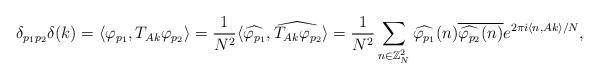
LaTeX: \begin{align*}\delta_{p_1p_2}\delta(k)=\langle{\varphi_{p_1},T_{Ak} \varphi_{p_2}}\rangle &=\displaystyle \frac{1}{N^2}\langle{\widehat{\varphi_{p_1}}, \widehat{T_{Ak} \varphi_{p_2}}}\rangle = \displaystyle \frac{1}{N^2}\sum_{n \in {\mathbb{Z}}^2_N}\widehat{\varphi_{p_1}}(n)\overline{\widehat{\varphi_{p_2}}(n)}e^{2\pi i \langle{n, Ak}\rangle/N},\end{align*}